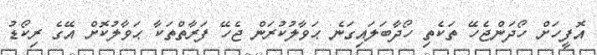
އޮފީހަށް ހޯދަންޖެހޭ ތަކެތި ހޯދާބަލައިގަނެ ޙަވާލުކުރަން ޖެހޭ ފަރާތްތަކާ ޙަވާލުކޮށް އޭގެ ރިކޯޑު